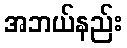
အဘယ်နည်း